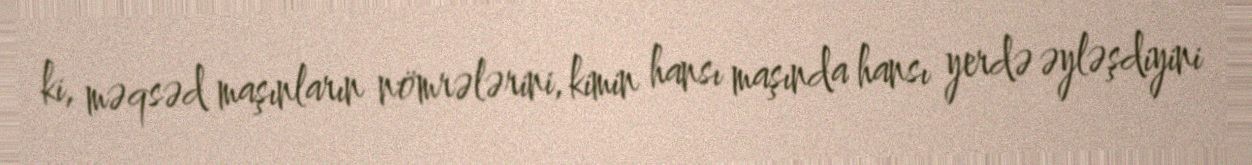
ki, məqsəd maşınların nömrələrini, kimin hansı maşında hansı yerdə əyləşdiyini